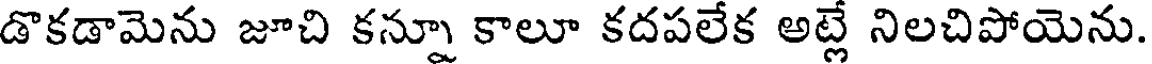
డొకడామెను జూచి కన్నూ కాలూ కదపలేక అట్లే నిలచిపోయెను